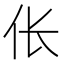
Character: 伥